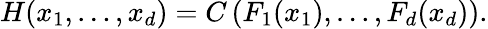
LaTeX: H(x_{1},\dots,x_{d})=C\left(F_{1}(x_{1}),\dots,F_{d}(x_{d})\right).